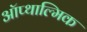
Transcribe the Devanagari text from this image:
ऑप्थाल्मिक